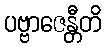
ပဗ္ဗာဇေန္တီတိ